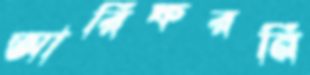
আরিফরনি